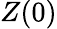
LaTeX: Z(0)